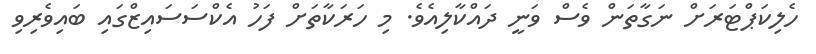
ހެލިކަޕްޓަރަށް ނަގާތަން ވެސް ވަނީ ދައްކާލިއެވެ. މި ހަރަކާތަށް ފަހު އެކްސަސައިޒްގައި ބައިވެރިވި